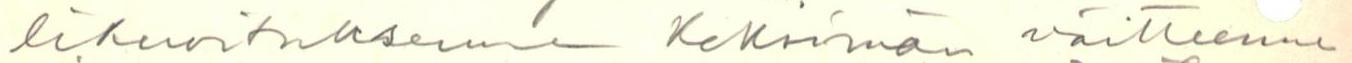
likuvituksenne keksimän väitteenne